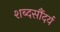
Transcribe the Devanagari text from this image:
शब्दसौंदर्य